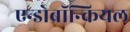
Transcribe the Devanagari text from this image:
एन्डोब्रॉन्कियल